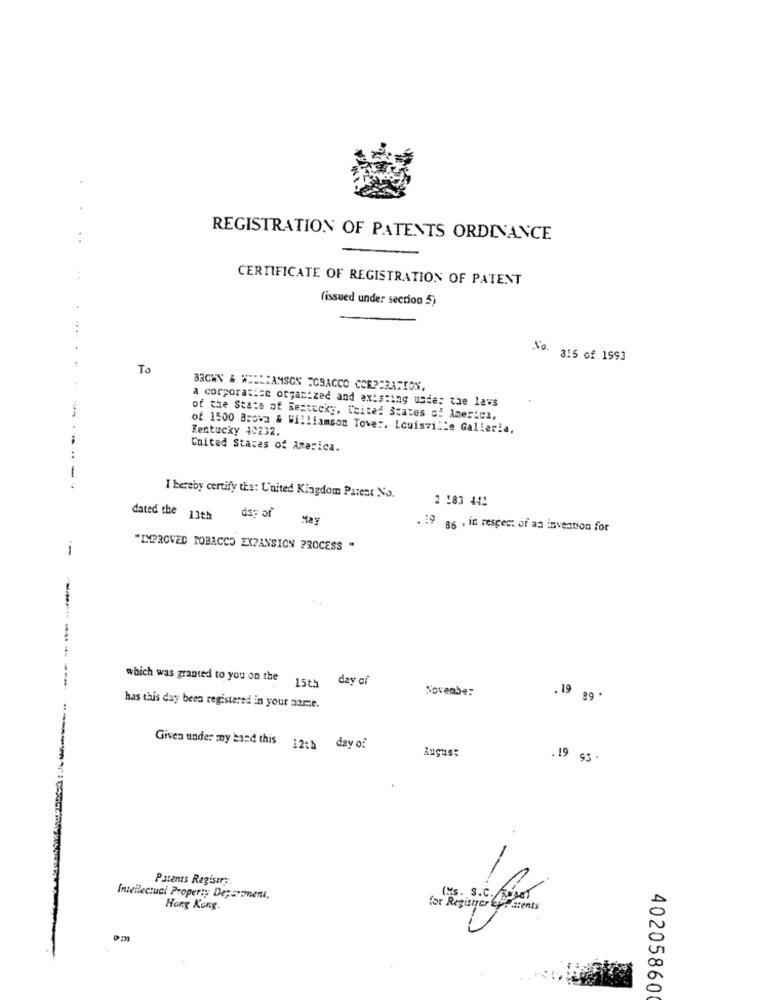
..
REGISTRATION OF PATENTS ORDINANCE
CERTIFICATE OF REGISTRATION OF PATENT
(issued under section 5)
No. 315 of 1993
To
BRCWN & WILLIAMSON TOBACCO CORPORATION,
a corporasice organized and existing usde: the laws
of the Stata of Sestucky, Ceited States of America,
Kentucky 40232.
of 1500 Browa & Williamson Tover, Louisville Galleria,
United States of America.
I hereby certify the: United Kingdom Parent No.
2 !83 441
das of
dated the 13th
May
. 19 86 . in respect of an invention for
--
"IMPROVED TOBACCO EXPANSION PROCESS "
which was granted to you on the
15th day of
jovembe:
,19 g9 .
has this day been registered in your name.
Given under my band this 12th day of
August
.19
Patents Registry.
Intellectuci Property Deparamenı.
Hong Kong.
for Register eparents
40205860